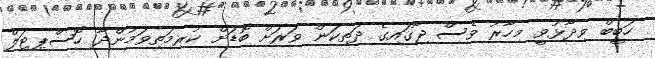
ހަބީބް ވިދާޅުވީ މިހާރު ވެސް ޖާގައިގެ ދަތިކަން ވަރަށް ބޮޑަށް ކުރިމަތިވަމުންދާ ހޮސްޕިޓަލް